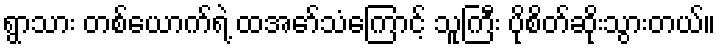
ရွာသား တစ်ယောက်ရဲ့ ထအော်သံကြောင့် သူကြီး ပိုစိတ်ဆိုးသွားတယ်။